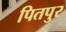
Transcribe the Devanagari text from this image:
पितपुर